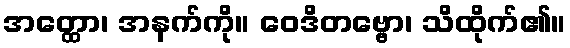
အတ္ထော၊ အနက်ကို။ ဝေဒိတဗ္ဗော၊ သိထိုက်၏။